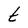
Character: t